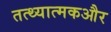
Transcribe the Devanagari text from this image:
तत्थ्यात्मकऔर